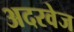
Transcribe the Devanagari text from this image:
अदरवेज